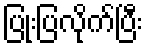
ပြုံးပြလိုက်ပြီး